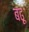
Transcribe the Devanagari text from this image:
बढ़ूं